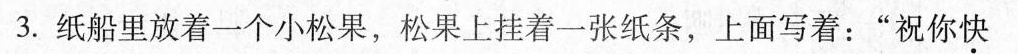
3.纸船里放着一个小松果，松果上挂着一张纸条，上面写着：”祝你快